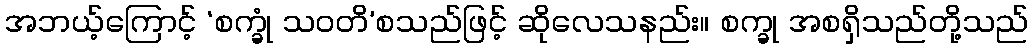
အဘယ့်ကြောင့် ‘စက္ခုံ သဝတိ’စသည်ဖြင့် ဆိုလေသနည်း။ စက္ခု အစရှိသည်တို့သည်